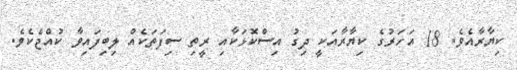
ކިޔާރާއެވެ. 18 އަހަރުގެ ކިޔާރާއަކީ ދިގު އިސްކޮޅަކާއި ރީތި ސިފަތަކެއް ލިބިފައިވާ ކުއްޖެކެވެ.